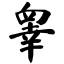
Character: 睾